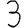
Digit: 3